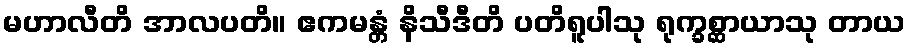
မဟာလီတိ အာလပတိ။ ဧကမန္တံ နိသီဒီတိ ပတိရူပါသု ရုက္ခစ္ဆာယာသု တာယ